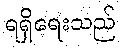
ရရှိရေးသည်